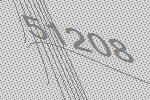
51208